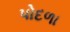
પોદળા